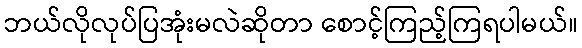
ဘယ်လိုလုပ်ပြအုံးမလဲဆိုတာ စောင့်ကြည့်ကြရပါမယ်။